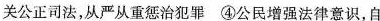
关公正司法，从严从重惩治犯罪 ④公民增强法律意识，自